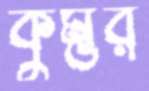
কুম্ভর